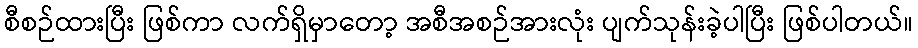
စီစဉ်ထားပြီး ဖြစ်ကာ လက်ရှိမှာတော့ အစီအစဉ်အားလုံး ပျက်သုန်းခဲ့ပါပြီး ဖြစ်ပါတယ်။